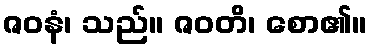
ဇဝနံ၊ သည်။ ဇဝတိ၊ စော၏။